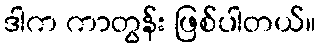
ဒါက ကာတွန်း ဖြစ်ပါတယ်။